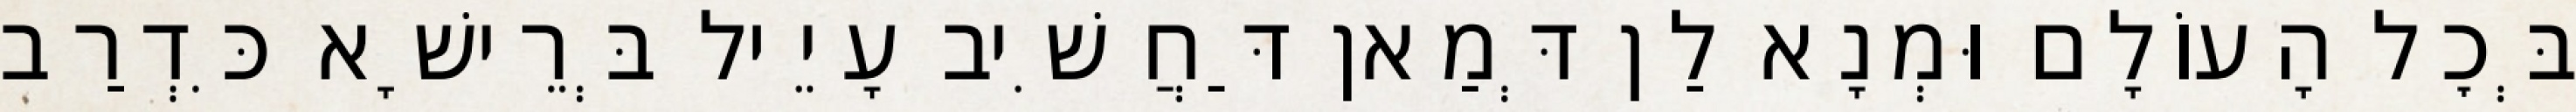
בְּכׇל הָעוֹלָם וּמְנָא לַן דְּמַאן דַּחֲשִׁיב עָיֵיל בְּרֵישָׁא כִּדְרַב